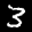
Label: 3